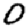
Digit: 0